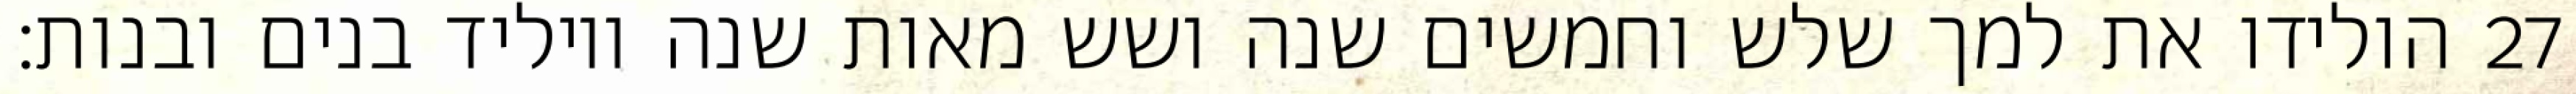
הולידו את למך שלש וחמשים שנה ושש מאות שנה ויוליד בנים ובנות׃ ‎27‏